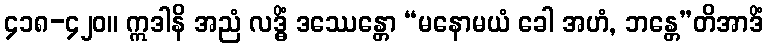
၄၁၈-၄၂၀။ ဣဒါနိ အညံ လဒ္ဓိံ ဒဿေန္တော “မနောမယံ ခေါ အဟံ, ဘန္တေ”တိအာဒိံ